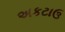
અકટાઉ